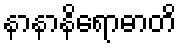
နာနာနိရောဓာတိ